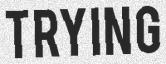
TRYING